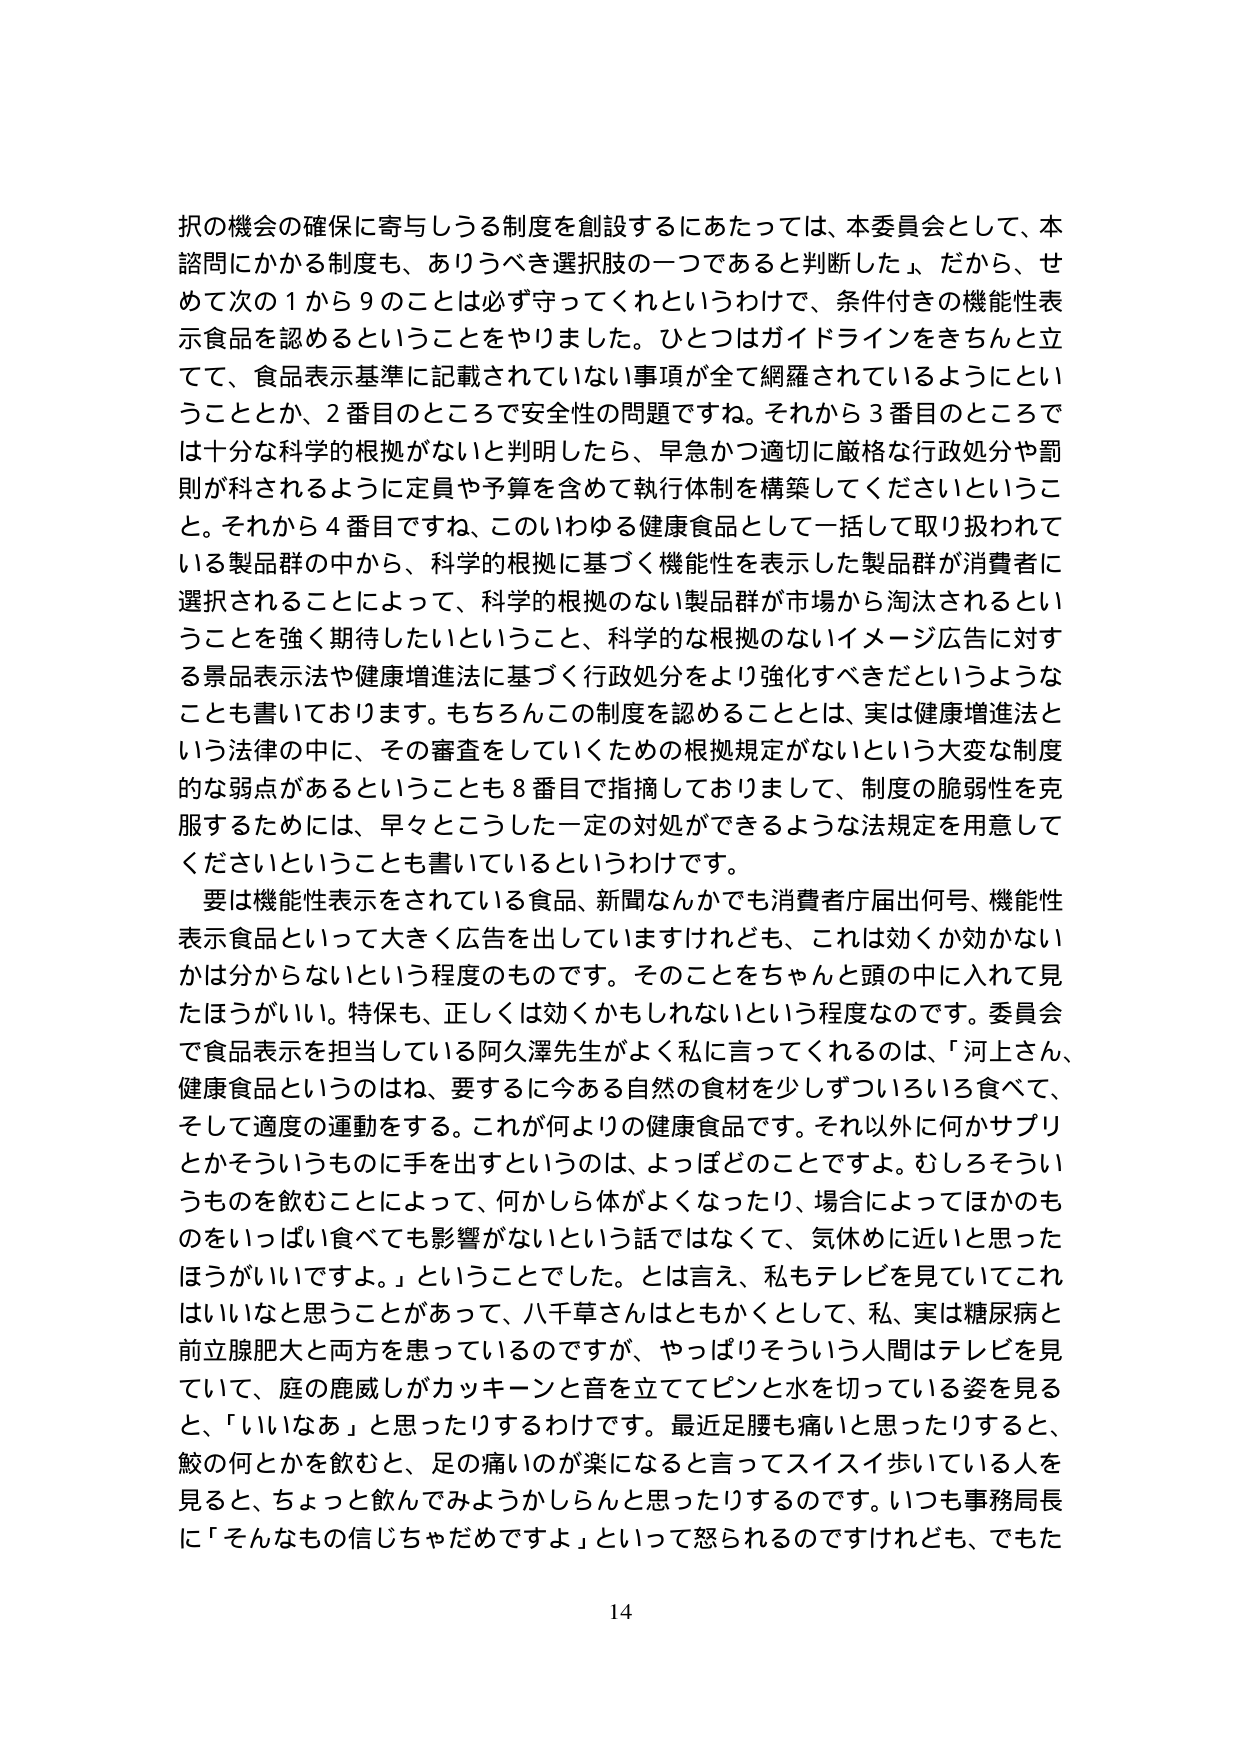
択の機会の確保に寄与しうる制度を創設するにあたっては、本委員会として、本
諮問にかかる制度も、ありうべき選択肢の一つであると判断した。だから、せ
めて次の１から９のことは必ず守ってくれというわけで、条件付きの機能性表
示食品を認めるということをやりました。ひとつはガイドラインをきちんと立
てて、食品表示基準に記載されていない事項が全て網羅されているようにとい
うこととか、２番目のところで安全性の問題ですね。それから３番目のところで
は十分な科学的根拠がないと判明したら、早急かつ適切に厳格な行政処分や罰
則が科されるように定員や予算を含めて執行体制を構築してくださいというこ
と。それから４番目ですね、このいわゆる健康食品として一括して取り扱われて
いる製品群の中から、科学的根拠に基づく機能性を表示した製品群が消費者に
選択されることによって、科学的根拠のない製品群が市場から淘汰されるとい
うことを強く期待したいということ、科学的な根拠のないイメージ広告に対す
る景品表示法や健康増進法に基づく行政処分をより強化すべきだというような
ことも書いております。もちろんこの制度を認めることは、実は健康増進法と
いう法律の中に、その審査をしていくための根拠規定がないという大変な制度
的な弱点があるということも８番目で指摘しておりまして、制度の脆弱性を克
服するためには、早々にこうした一定の対処ができるような法規定を用意して
くださいということも書いているというわけです。
要は機能性表示をされている食品、新聞なんかでも消費者庁届出何号、機能性
表示食品といって大きく広告を出していますけれども、これは効くか効かない
かは分からないという程度のものです。そのことをちゃんと頭の中に入れて見
たほうがいい。特保も、正しくは効くかもしれないという程度なのです。委員会
で食品表示を担当している阿久澤先生がよく私に言ってくれるのは、「河上さん、
健康食品というのはね、要するに今ある自然の食材を少しずついろいろ食べて、
そして適度の運動をする。これが何よりの健康食品です。それ以外に何かサプリ
とかそういうものに手を出すというのは、よっぽどのことですよ。むしろそうい
うものを飲むことによって、何かしら体がよくなったり、場合によってほかのも
のをいっぱい食べても影響がないという話ではなくて、気休めに近いと思った
ほうがいいですよ。」ということでした。とは言え、私もテレビを見ていてこれ
はいいなと思うことがあって、八千草さんはともかくとして、私、実は糖尿病と
前立腺肥大と両方を患っているのですが、やっぱりそういう人間はテレビを見
ていて、庭の鹿威しがカッキーンと音を立ててピンと水を切っている姿を見る
と、「いいなあ」と思ったりするわけです。最近足腰も痛いと思ったりすると、
鮫の何とかを飲むと、足の痛いのが楽になると言ってスイスイ歩いている人を
見ると、ちょっと飲んでみようかしらんと思ったりするのです。いつも事務局長
に「そんなもの信じちゃだめですよ」といって怒られるのですけれども、でもた
14